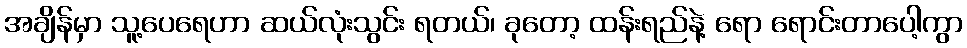
အချိန်မှာ သူ့ပေရေဟာ ဆယ်လုံးသွင်း ရတယ်၊ ခုတော့ ထန်းရည်နဲ့ ရော ရောင်းတာပေါ့ကွာ